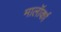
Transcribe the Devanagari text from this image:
मालॉर्का